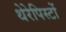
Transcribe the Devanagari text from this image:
थेरेपिस्टों